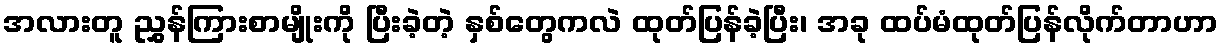
အလားတူ ညွှန်ကြားစာမျိုးကို ပြီးခဲ့တဲ့ နှစ်တွေကလဲ ထုတ်ပြန်ခဲ့ပြီး၊ အခု ထပ်မံထုတ်ပြန်လိုက်တာဟာ